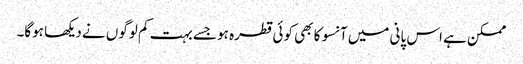
ممکن ہے اس پانی میں آنسو کا بھی کوئی قطرہ ہو جسے بہت کم لوگوں نے دیکھا ہوگا۔